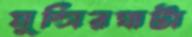
মুন্সিরঘাটা